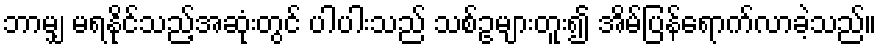
ဘာမျှ မရနိုင်သည့်အဆုံးတွင် ပါပါးသည် သစ်ဥများတူး၍ အိမ်ပြန်ရောက်လာခဲ့သည်။